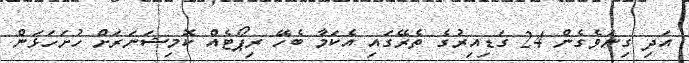
އަދި ގިނަވެގެން 24 ގަޑިއިރުގެ ތެރޭގައި އެކަމާ ބެހޭ ރިޕޯޓެއް ކޮމިޝަނަރަށް ހުށަހަޅަން